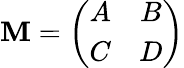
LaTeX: \mathbf{M}=\left(\begin{array}{cc}{{A}}&{{B}}\\ {{C}}&{{D}}\end{array}\right)